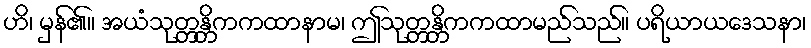
ဟိ၊ မှန်၏။ အယံသုတ္တန္တိကကထာနာမ၊ ဤသုတ္တန္တိကကထာမည်သည်။ ပရိယာယဒေသနာ၊